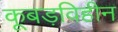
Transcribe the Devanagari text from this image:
कूबड़विहीन